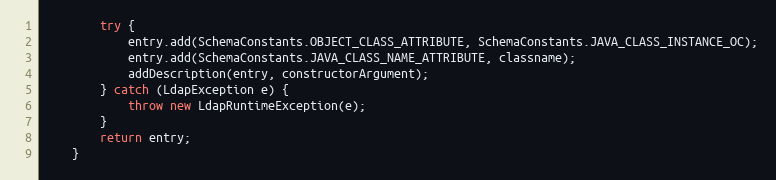
Language: Java
        try {
            entry.add(SchemaConstants.OBJECT_CLASS_ATTRIBUTE, SchemaConstants.JAVA_CLASS_INSTANCE_OC);
            entry.add(SchemaConstants.JAVA_CLASS_NAME_ATTRIBUTE, classname);
            addDescription(entry, constructorArgument);
        } catch (LdapException e) {
            throw new LdapRuntimeException(e);
        }
        return entry;
    }